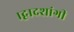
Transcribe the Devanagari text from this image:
।द्वादशांगी